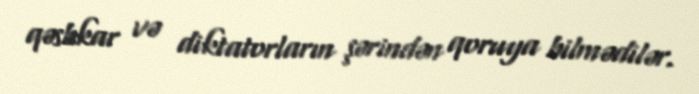
qəsbkar və diktatorların şərindən qoruya bilmədilər.